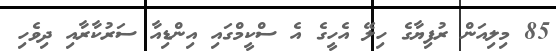
85 މިލިއަން ރުފިޔާގެ ހިލޭ އެހީގެ އެ ސްކީމްގައި އިންޑިއާ ސަރުކާރާއި ދިވެހި